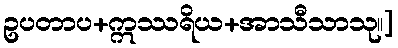
ဥပတာပ+ဣဿရိယ+အာသီသာသု။]